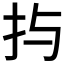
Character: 𱟩